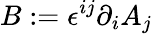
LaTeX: B:=\epsilon^{ij}\partial_{i}A_{j}